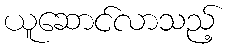
ယူဆောင်လာသည့်